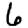
Digit: 6